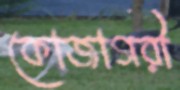
কোজাগরী